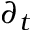
\partial _ { t }